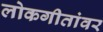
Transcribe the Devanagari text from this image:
लोकगीतांवर